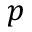
p